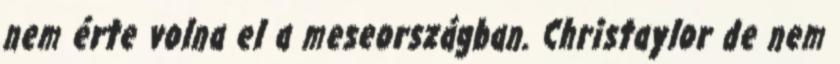
nem érte volna el a meseországban. Christaylor de nem